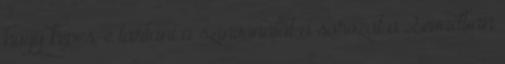
hogy képes-e tartani a színvonalát a sorozat a 2.évadban